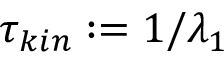
\tau _ { k i n } : = 1 / \lambda _ { 1 }